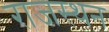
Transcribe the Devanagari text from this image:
राजस्थन